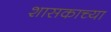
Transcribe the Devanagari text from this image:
शासकाच्या